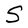
Character: S